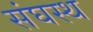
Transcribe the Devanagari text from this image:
संघस्थ